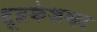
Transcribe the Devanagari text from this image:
धूम्रकेशका